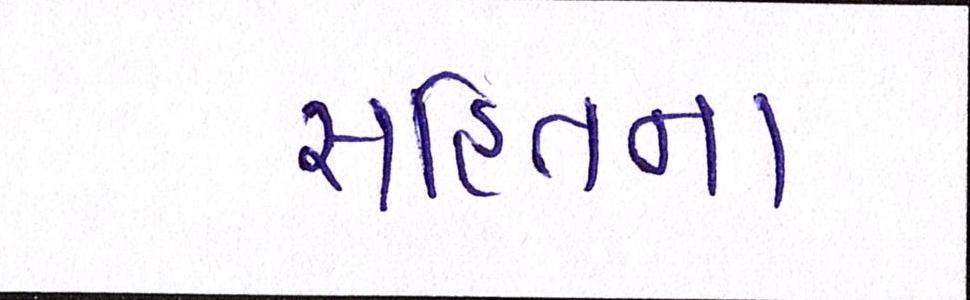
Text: સહિતના